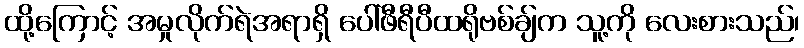
ထို့ကြောင့် အမှုလိုက်ရဲအရာရှိ ပေါ်ဖီရီပီထရိုဗစ်ချ်က သူ့ကို လေးစားသည်၊